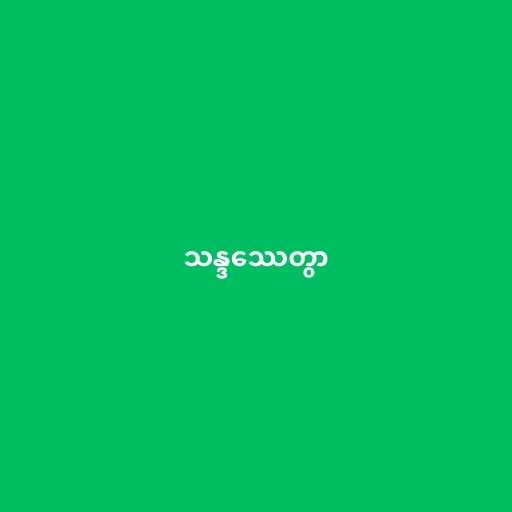
သန္ဒဿေတွာ